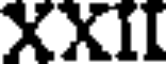
XXII